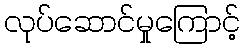
လုပ်ဆောင်မှုကြောင့်